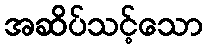
အဆိပ်သင့်သော